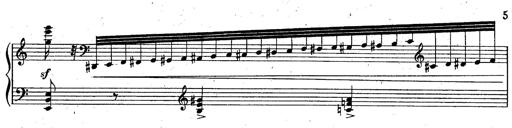
Title: God Save the Queen
Composer: Charles LÃ©on Hess
Key: A major